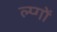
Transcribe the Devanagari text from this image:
ल्प्गों